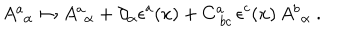
A _ { \, \ \alpha } ^ { a } \mapsto A _ { \, \ \alpha } ^ { a } + \partial _ { \alpha } \epsilon ^ { a } ( x ) + C _ { \ b c } ^ { a } \, \epsilon ^ { c } ( x ) \, A _ { \, \ \alpha } ^ { b } \ .